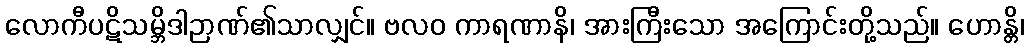
လောကီပဋိသမ္ဘိဒါဉာဏ်၏သာလျှင်။ ဗလဝ ကာရဏာနိ၊ အားကြီးသော အကြောင်းတို့သည်။ ဟောန္တိ၊